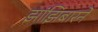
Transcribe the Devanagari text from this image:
झांझिबारने